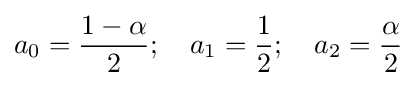
a_{0}={\frac {1-\alpha }{2}};\quad a_{1}={\frac {1}{2}};\quad a_{2}={\frac {\alpha }{2}}